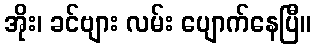
အိုး၊ ခင်ဗျား လမ်း ပျောက်နေပြီ။